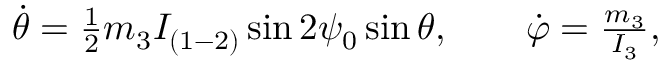
\begin{array} { r } { \dot { \theta } = \frac 1 2 m _ { 3 } I _ { ( 1 - 2 ) } \sin 2 \psi _ { 0 } \sin \theta , \qquad \dot { \varphi } = \frac { m _ { 3 } } { I _ { 3 } } , } \end{array}